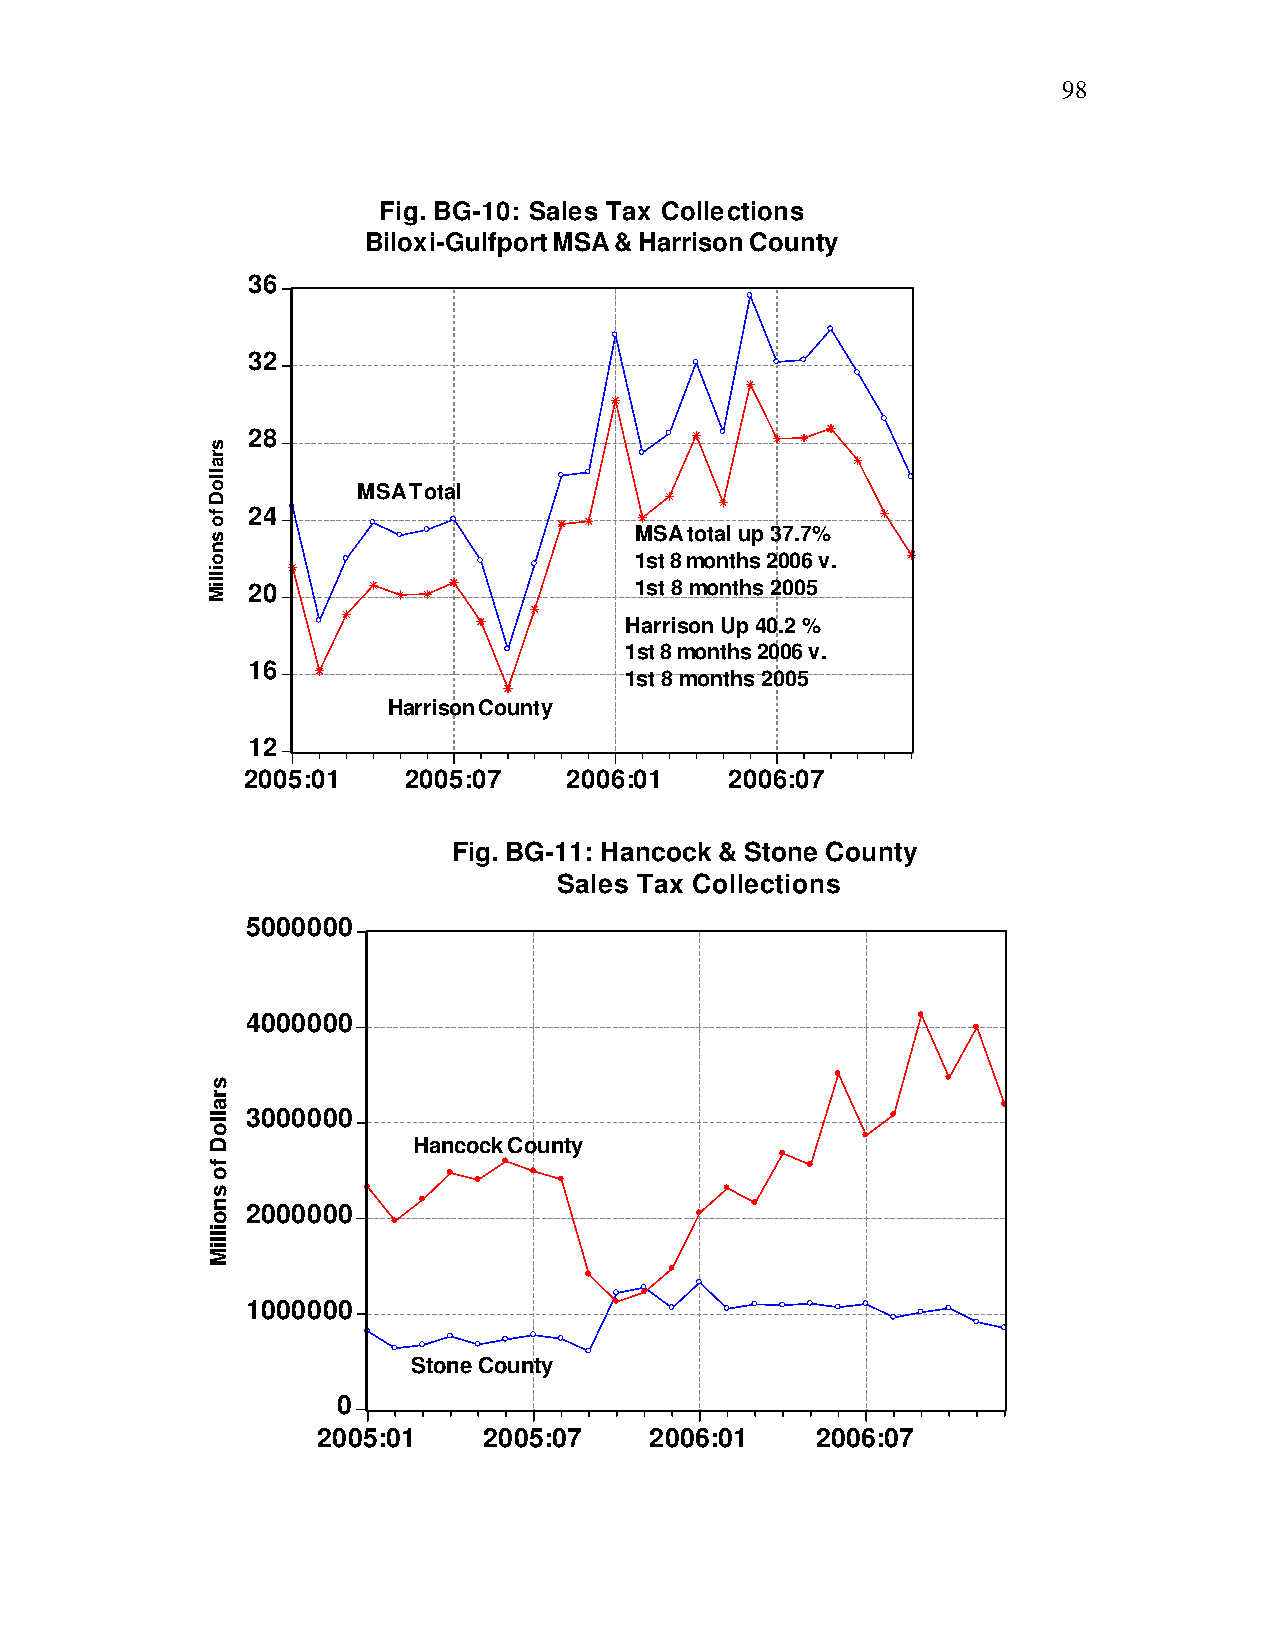
98
 Fig. BG-10: Sales Tax Collections
 Biloxi-Gulfport MSA & Harrison County
 36
 32
 28
 MSA Total
 24
 MSA total up 37.7%
 1st 8 months 2006 v.
 20                        1st 8 months 2005
 Harrison Up 40.2 %
 1st 8 months 2006 v.
 16
 1st 8 months 2005
 Harrison County
 12
 2005:01    2005:07    2006:01   2006:07
 Fig. BG-11: Hancock & Stone County
 Sales Tax Collections
 5000000
 4000000
 3000000
 Hancock County
 2000000
 1000000
 Stone County
 0
 2005:01    2005:07    2006:01    2006:07
 sralloD
 fo
 snoilliM
 sralloD
 fo
 snoilliM